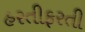
હરતીફરતી